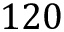
1 2 0